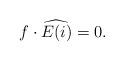
LaTeX: \begin{align*}f\cdot \widehat{E(i)}=0.\end{align*}